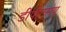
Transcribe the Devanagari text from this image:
डीपीएसयू